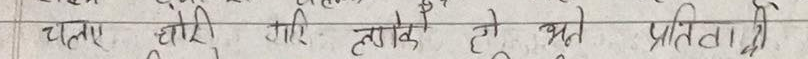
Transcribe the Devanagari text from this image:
चलए धारी लागे हो भयो प्रतित्तो